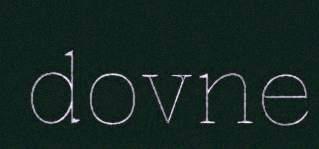
dovne